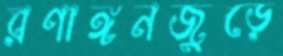
রণাঙ্গনজুড়ে